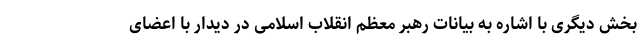
بخش دیگری با اشاره به بیانات رهبر معظم انقلاب اسلامی در دیدار با اعضای